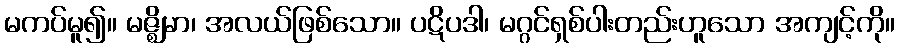
မကပ်မူ၍။ မဇ္ဈိမာ၊ အလယ်ဖြစ်သော။ ပဋိပဒါ၊ မဂ္ဂင်ရှစ်ပါးတည်းဟူသော အကျင့်ကို။